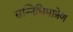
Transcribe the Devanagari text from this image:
सन्निधिमात्रेण